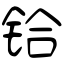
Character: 铪